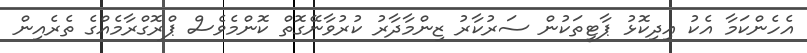
އެހެންކަމާ އެކު އިދިކޮޅު ޕާޓީތަކުން ސަރުކާރު ޒިންމާދާރު ކުރުވާނޭގޮތް ކޮންމެވެސް ޕްރޮގްރާމެއްގެ ތެރެއިން